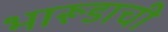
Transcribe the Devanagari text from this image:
भारूडाची